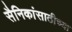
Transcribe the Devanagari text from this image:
सैनिकांसाठीच्या